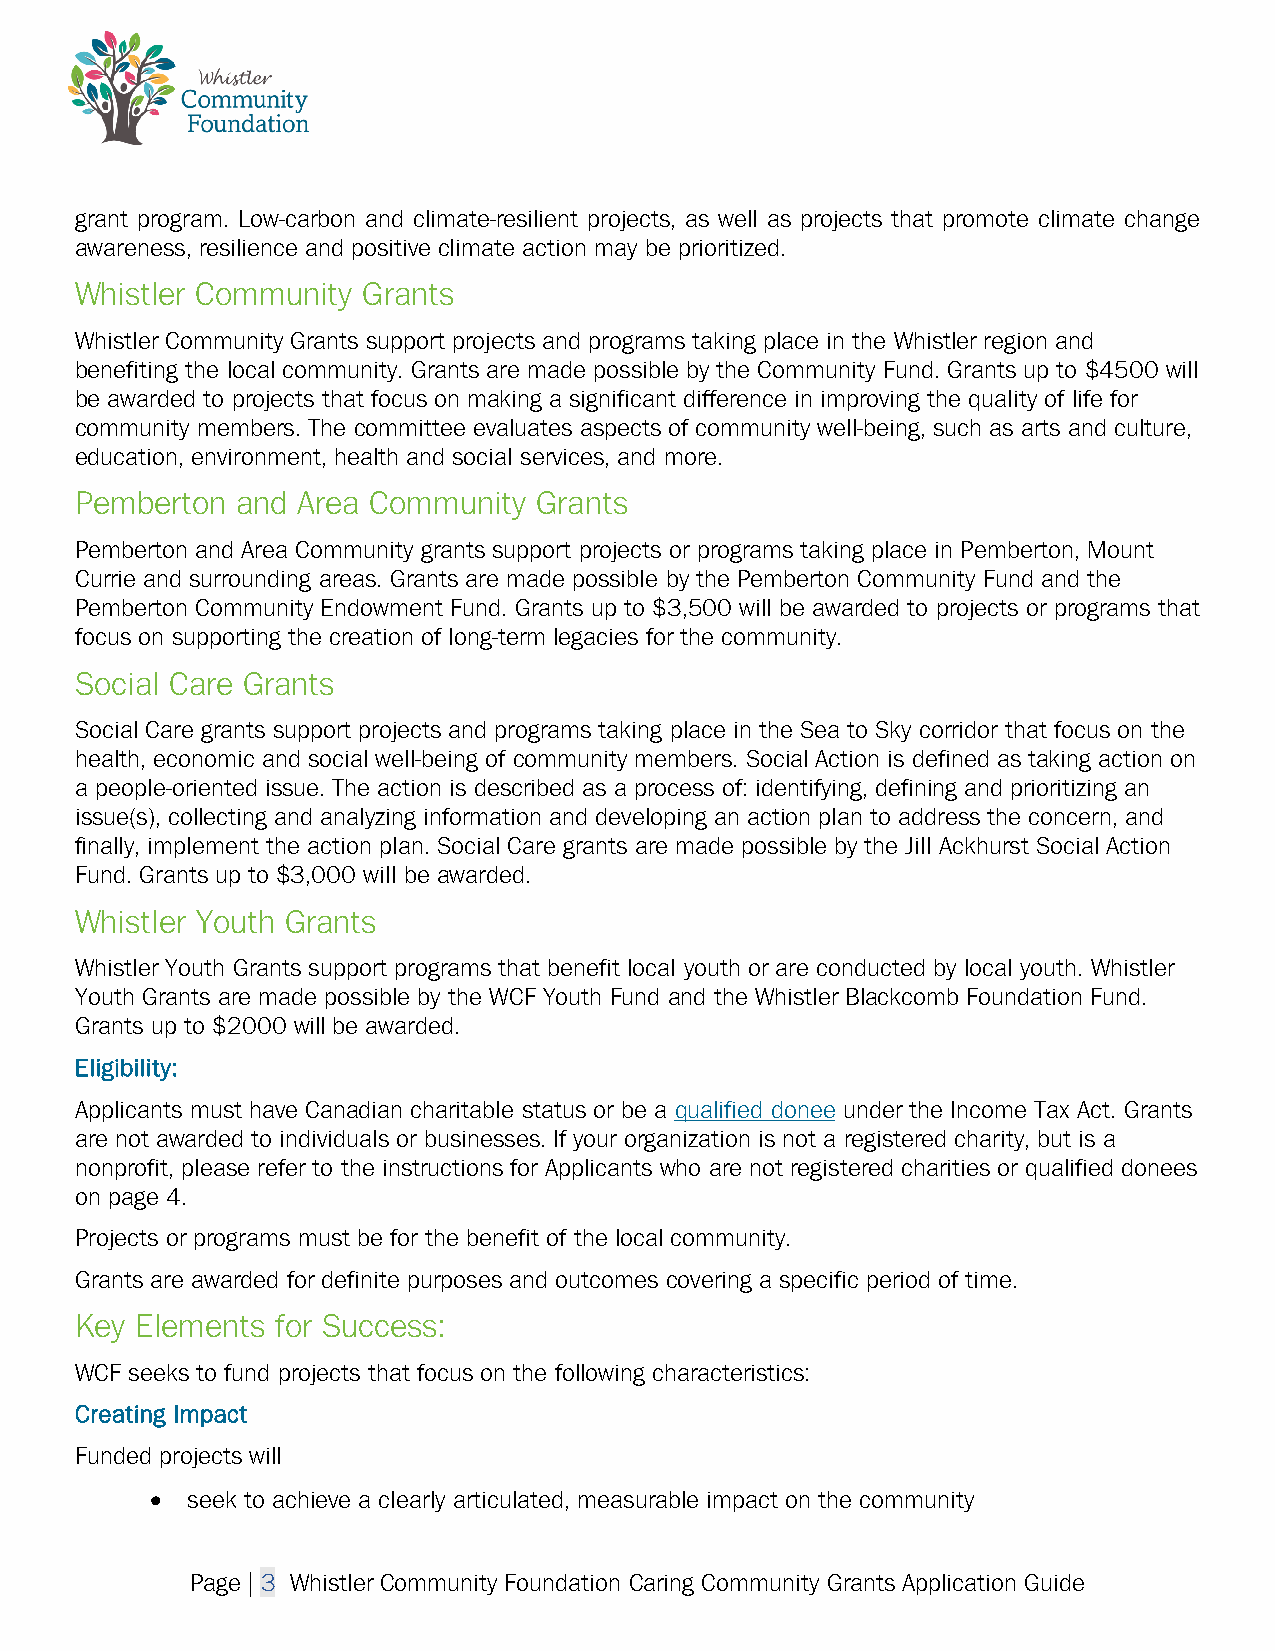
grant program. Low-carbon and climate-resilient projects, as well as projects that promote climate change
 awareness, resilience and positive climate action may be prioritized.
 Whistler Community Grants
 Whistler Community Grants support projects and programs taking place in the Whistler region and
 benefiting the local community. Grants are made possible by the Community Fund. Grants up to $4500 will
 be awarded to projects that focus on making a significant difference in improving the quality of life for
 community members. The committee evaluates aspects of community well-being, such as arts and culture,
 education, environment, health and social services, and more.
 Pemberton  and Area Community Grants
 Pemberton and Area Community grants support projects or programs taking place in Pemberton, Mount
 Currie and surrounding areas. Grants are made possible by the Pemberton Community Fund and the
 Pemberton Community Endowment Fund. Grants up to $3,500 will be awarded to projects or programs that
 focus on supporting the creation of long-term legacies for the community.
 Social Care Grants
 Social Care grants support projects and programs taking place in the Sea to Sky corridor that focus on the
 health, economic and social well-being of community members. Social Action is defined as taking action on
 a people-oriented issue. The action is described as a process of: identifying, defining and prioritizing an
 issue(s), collecting and analyzing information and developing an action plan to address the concern, and
 finally, implement the action plan. Social Care grants are made possible by the Jill Ackhurst Social Action
 Fund. Grants up to $3,000 will be awarded.
 Whistler Youth Grants
 Whistler Youth Grants support programs that benefit local youth or are conducted by local youth. Whistler
 Youth Grants are made possible by the WCF Youth Fund and the Whistler Blackcomb Foundation Fund.
 Grants up to $2000 will be awarded.
 Eligibility:
 Applicants must have Canadian charitable status or be a qualified donee under the Income Tax Act. Grants
 are not awarded to individuals or businesses. If your organization is not a registered charity, but is a
 nonprofit, please refer to the instructions for Applicants who are not registered charities or qualified donees
 on page 4.
 Projects or programs must be for the benefit of the local community.
 Grants are awarded for definite purposes and outcomes covering a specific period of time.
 Key Elements for Success:
 WCF seeks to fund projects that focus on the following characteristics:
 Creating Impact
 Funded projects will
 • seek to achieve a clearly articulated, measurable impact on the community
 Page | 3 Whistler Community Foundation Caring Community Grants Application Guide